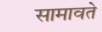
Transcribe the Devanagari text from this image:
सामावते